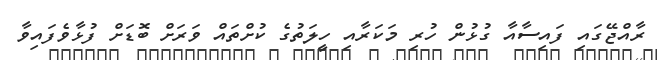
ރާއްޖޭގައި ފައިސާއާ ގުޅުން ހުރި މަކަރާއި ހީލަތުގެ ކުށްތައް ވަރަށް ބޮޑަށް ފުޅާވެފައިވާ